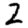
Digit: 2